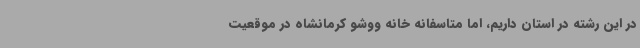
در این رشته در استان داریم، اما متاسفانه خانه ووشو کرمانشاه در موقعیت